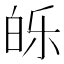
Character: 𰤕